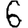
Digit: 6